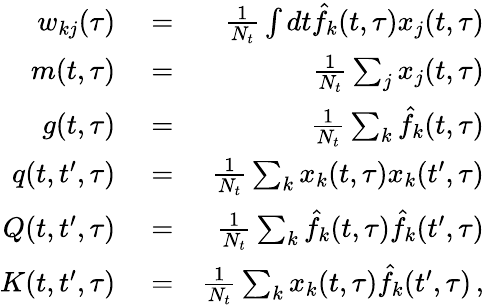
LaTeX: \begin{array}{rlr}{w_{kj}(\tau)}&{{}=}&{\frac{1}{N_{t}}\int dt\hat{f}_{k}(t,\tau)x_{j}(t,\tau)}\\ {m(t,\tau)}&{{}=}&{\frac{1}{N_{t}}\sum_{j}x_{j}(t,\tau)}\\ {g(t,\tau)}&{{}=}&{\frac{1}{N_{t}}\sum_{k}\hat{f}_{k}(t,\tau)}\\ {q(t,t^{\prime},\tau)}&{{}=}&{\frac{1}{N_{t}}\sum_{k}x_{k}(t,\tau)x_{k}(t^{\prime},\tau)}\\ {Q(t,t^{\prime},\tau)}&{{}=}&{\frac{1}{N_{t}}\sum_{k}\hat{f}_{k}(t,\tau)\hat{f}_{k}(t^{\prime},\tau)}\\ {K(t,t^{\prime},\tau)}&{{}=}&{\frac{1}{N_{t}}\sum_{k}x_{k}(t,\tau)\hat{f}_{k}(t^{\prime},\tau)\, ,}\end{array}